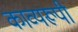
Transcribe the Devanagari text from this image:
काव्यरूपी